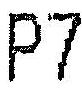
P7